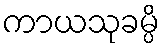
ကာယသုခမ္ပိ